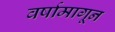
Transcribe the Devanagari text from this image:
वर्षामागून